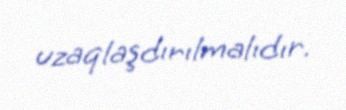
uzaqlaşdırılmalıdır.